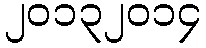
၂၀၁၃၂၀၁၄